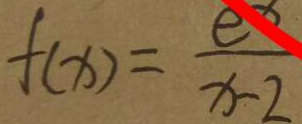
f ( x ) = \frac { e ^ { x } } { x - 2 }